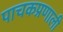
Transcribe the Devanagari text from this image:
पाचकप्रणाली